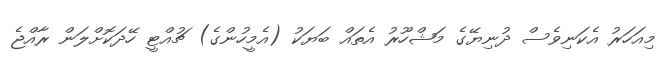
މިއަހަރު އެކަނިވެސް ދުނިޔޭގެ މަޝްހޫރު އެތައް ބަޔަކު (އެމީހުންގެ) ޗުއްޓީ ހޭދަކޮށްލަން ރާއްޖެ